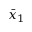
\bar { x } _ { 1 }